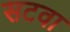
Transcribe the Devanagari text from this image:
सटवा